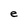
Character: e